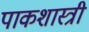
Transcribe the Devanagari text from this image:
पाकशास्त्री